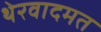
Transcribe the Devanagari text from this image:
थेरवादमत